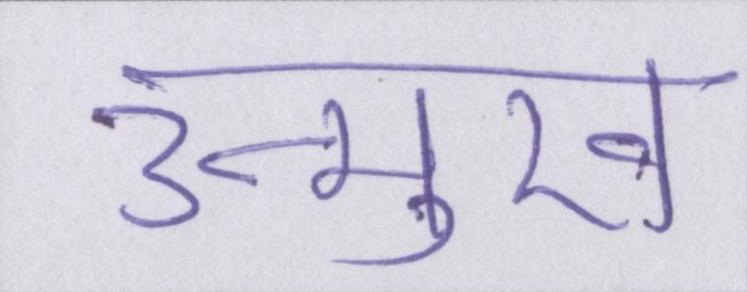
उन्मुख